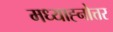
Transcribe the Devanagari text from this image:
मध्याह्नोत्तर